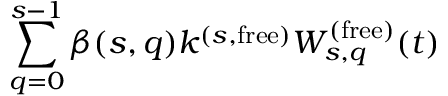
\sum _ { q = 0 } ^ { s - 1 } \beta ( s , q ) k ^ { ( s , \mathrm { f r e e } ) } W _ { s , q } ^ { ( \mathrm { f r e e } ) } ( t )